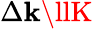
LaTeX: \Delta\mathbf{k}\llK